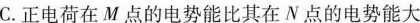
C.正电荷在M点的电势能比其在N点的电势能大